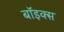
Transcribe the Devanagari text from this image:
बाॅइक्स